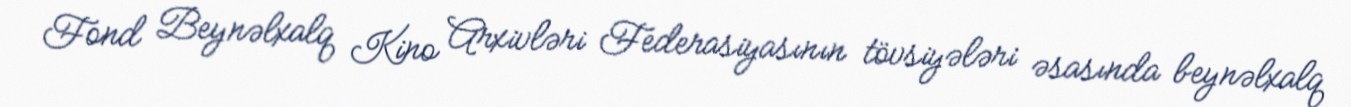
Fond Beynəlxalq Kino Arxivləri Federasiyasının tövsiyələri əsasında beynəlxalq